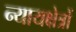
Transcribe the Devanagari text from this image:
न्यायक्षेत्रों